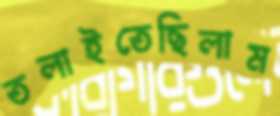
তলাইতেছিলাম